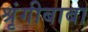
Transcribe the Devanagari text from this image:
श्रृंगीबाबा